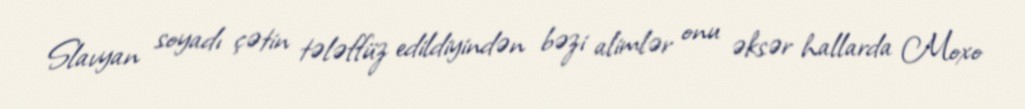
Slavyan soyadı çətin tələffüz edildiyindən bəzi alimlər onu əksər hallarda Moxo